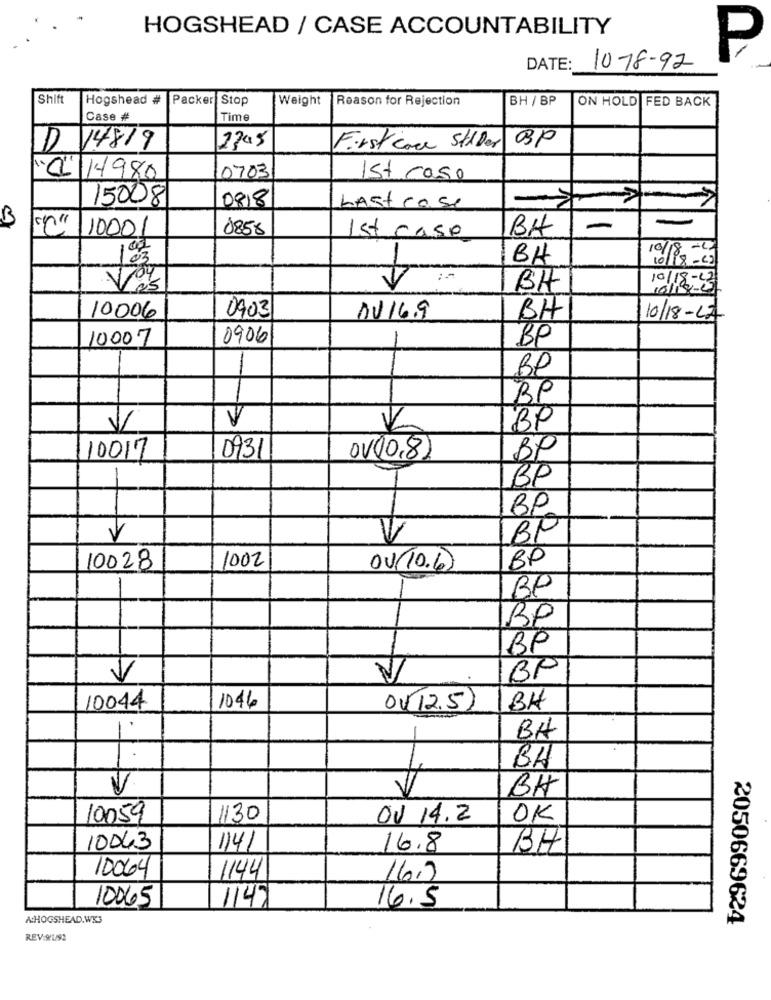
HOGSHEAD / CASE ACCOUNTABILITY
P
DATE:
1078-92
Shift
Hogshead #
Packer Stop
Weight Reason for Rejection
BH / BP
ON HOLD FED BACK
Case #
Time
D 14819
First come Stiller BP
0 14980
0703
1st case
15008
0818
Last cose
B
0858
BH
-
10001
Ist case
1 02
BH
09
BH
10/18-
10/18-13
0903
10006
DV16.9
BH
10/18-12
10007
0906
BP
BP
BP
V
BP
BP
10017
0931
OV008
BP
BP
V
V
BP
1002
BP
10028
OV(10.6)
-
BP
BP
BP
BP
V
V
10044
1046
ov12.5
BH
BA
EK
BH
V
BH
10059
1130
OV 14.2
OK
10043
1141
16.8
BH
10064
1144
16.7
10065
1147
16.5
A:HOGSHEAD.WX3
2050669624
REV:9/1/92